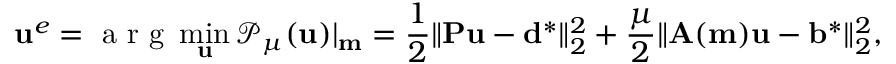
\mathbf { u } ^ { e } = \mathrm { ~ a ~ r ~ g ~ } \operatorname* { m i n } _ { \mathbf { u } } \mathcal { P } _ { \mu } ( \mathbf { u } ) | _ { \mathbf { m } } = \frac { 1 } { 2 } \| \mathbf { P } \mathbf { u } - \mathbf { d } ^ { * } \| _ { 2 } ^ { 2 } + \frac { \mu } { 2 } \| \mathbf { A } ( \mathbf { m } ) \mathbf { u } - \mathbf { b } ^ { * } \| _ { 2 } ^ { 2 } ,